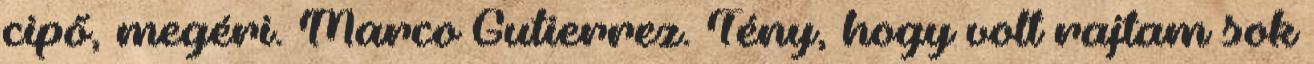
cipő, megéri. Marco Gutierrez. Tény, hogy volt rajtam sok